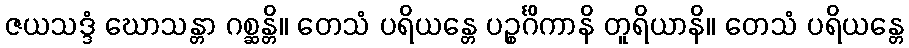
ဇယသဒ္ဒံ ဃောသန္တာ ဂစ္ဆန္တိ။ တေသံ ပရိယန္တေ ပဉ္စင်္ဂိကာနိ တူရိယာနိ။ တေသံ ပရိယန္တေ